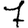
Digit: 7